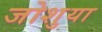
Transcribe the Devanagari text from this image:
जोशुया